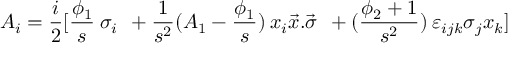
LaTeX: A _ { i } = \frac { i } { 2 } [ \frac { \phi _ { 1 } } { s } \: \sigma _ { i } \: \: + \frac { 1 } { s ^ { 2 } } ( A _ { 1 } - \frac { \phi _ { 1 } } { s } ) \: x _ { i } \vec { x } . \vec { \sigma } \: \: + ( \frac { \phi _ { 2 } + 1 } { s ^ { 2 } } ) \: \varepsilon _ { i j k } \sigma _ { j } x _ { k } ]